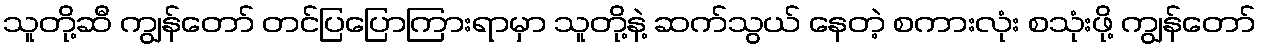
သူတို့ဆီ ကျွန်တော် တင်ပြပြောကြားရာမှာ သူတို့နဲ့ ဆက်သွယ် နေတဲ့ စကားလုံး စသုံးဖို့ ကျွန်တော်